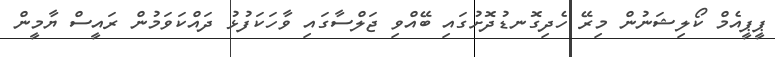
ޕީޕީއެމް ކޯލިޝަނުން މިރޭ ހެދިގޮނޑުދޮށުގައި ބޭއްވި ޖަލްސާގައި ވާހަކަފުޅު ދައްކަވަމުން ރައީސް ޔާމީން